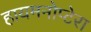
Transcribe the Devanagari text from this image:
हायमनोप्टेरा